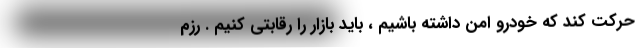
حرکت کند که خودرو امن داشته باشیم ، باید بازار را رقابتی کنیم . رزم